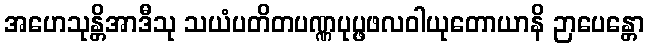
အဟေသုန္တိအာဒီသု သယံပတိတပဏ္ဏပုပ္ဖဖလဝါယုတောယာနိ ဉာပေန္တော